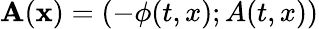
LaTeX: \mathbf{A}(\mathbf{x})=(-\phi(t,x);A(t,x))